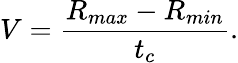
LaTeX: V={\frac{R_{max}-R_{min}}{t_{c}}}.